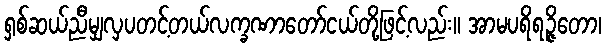
ရှစ်ဆယ်ညီမျှလှပတင့်တယ်လက္ခဏာတော်ငယ်တို့ဖြင့်လည်း။ အာမပရိရဉ္ဇိတော၊